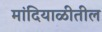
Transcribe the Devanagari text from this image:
मांदियाळीतील